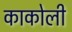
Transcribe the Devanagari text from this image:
काकोली